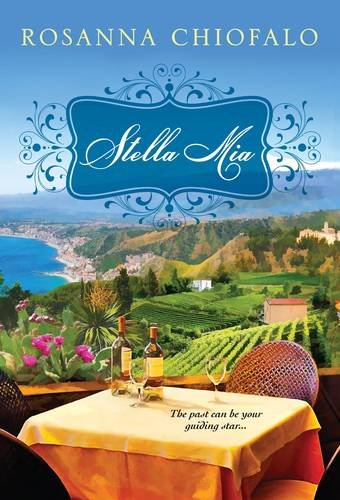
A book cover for Stella Mia; Rosanna Chiofalo; Literature & Fiction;